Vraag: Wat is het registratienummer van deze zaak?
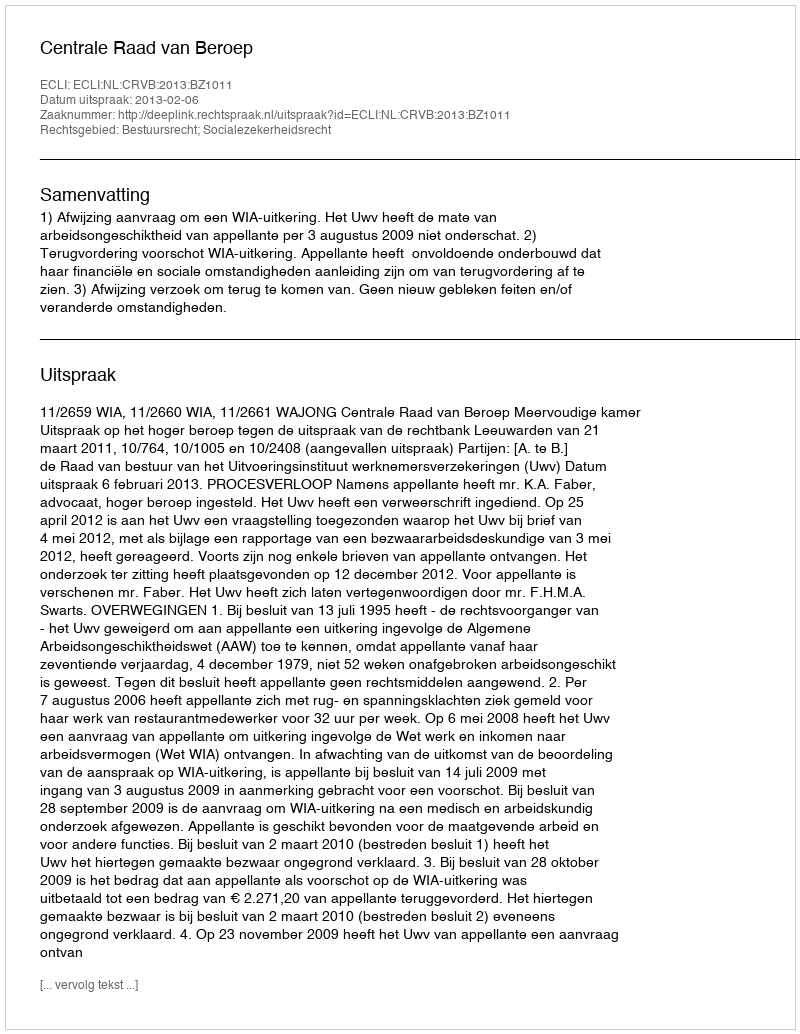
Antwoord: http://deeplink.rechtspraak.nl/uitspraak?id=ECLI:NL:CRVB:2013:BZ1011